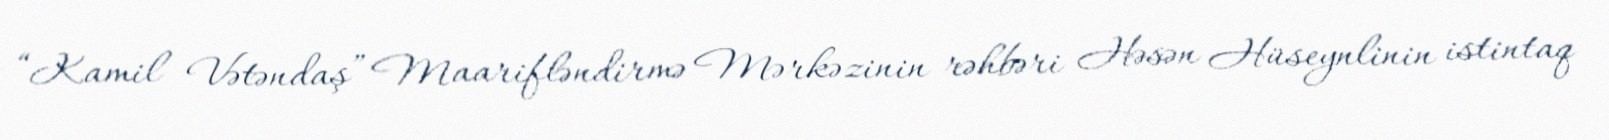
“Kamil Vətəndaş” Maarifləndirmə Mərkəzinin rəhbəri Həsən Hüseynlinin istintaq